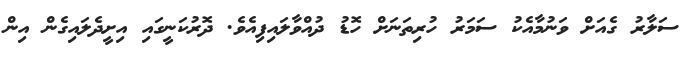
ސަލާރު ގެއަށް ވަނުމާއެކު ސަމަރު ހުރިތަނަށް ހޮޑު ދުއްވާލައިފިއެވެ. ދޮރުކަނީގައި އިށީދެލައިގެން އިން